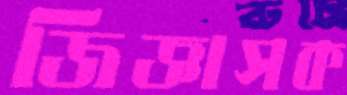
জিজ্ঞাসক